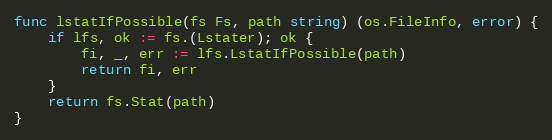
Language: Go
func lstatIfPossible(fs Fs, path string) (os.FileInfo, error) {
	if lfs, ok := fs.(Lstater); ok {
		fi, _, err := lfs.LstatIfPossible(path)
		return fi, err
	}
	return fs.Stat(path)
}